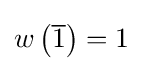
w\left({\overline {1}}\right)=1